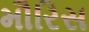
મૌરિસ